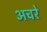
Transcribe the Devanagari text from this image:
अचरे